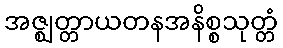
အဇ္ဈတ္တာယတနအနိစ္စသုတ္တံ